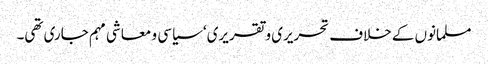
مسلمانوں کے خلاف تحریری و تقریری‘ سیاسی و معاشی مہم جاری تھی۔